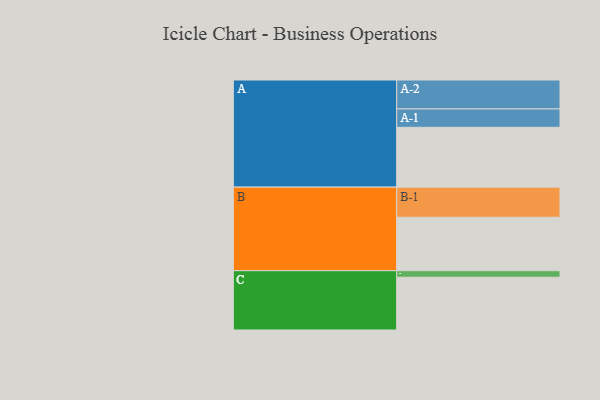
{"axis": {"x": "Segment", "y": "Value"}, "legend": ["", "A", "B", "C"], "data": [{"x": "A", "y": 558, "type": ""}, {"x": "B", "y": 498, "type": ""}, {"x": "C", "y": 492, "type": ""}, {"x": "A-1", "y": 171, "type": "A"}, {"x": "A-2", "y": 270, "type": "A"}, {"x": "B-1", "y": 281, "type": "B"}, {"x": "C-1", "y": 61, "type": "C"}]}